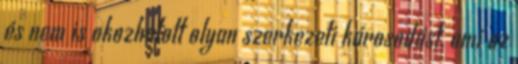
és nem is okozhatott olyan szerkezeti károsodást, ami az